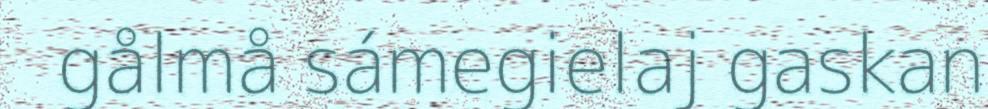
gålmå sámegielaj gaskan